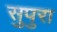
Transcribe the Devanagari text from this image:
सुपुरा